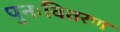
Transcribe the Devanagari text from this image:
पुनःवितरण